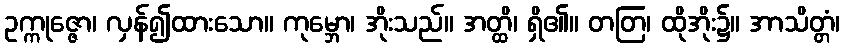
ဥက္ကုဇ္ဇော၊ လှန်၍ထားသော။ ကုမ္ဘော၊ အိုးသည်။ အတ္ထိ၊ ရှိ၏။ တတြ၊ ထိုအိုး၌။ အာသိတ္တံ၊